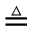
\triangleq